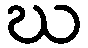
ဃ